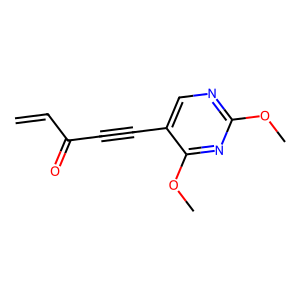
SMILES: C=CC(=O)C#Cc1cnc(OC)nc1OC
Inhibits HIV replication: No